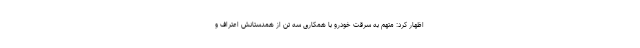
اظهار کرد: متهم به سرقت خودرو با همکاری سه تن از همدستانش اعتراف و